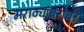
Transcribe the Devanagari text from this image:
मराठ्यांबरोबर